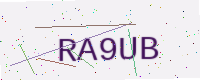
Text: RA9UB